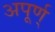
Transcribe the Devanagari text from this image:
अपूर्ण्‌